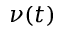
\nu ( t )